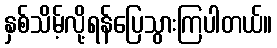
နှစ်သိမ့်လို့ရန်ပြေသွားကြပါတယ်။